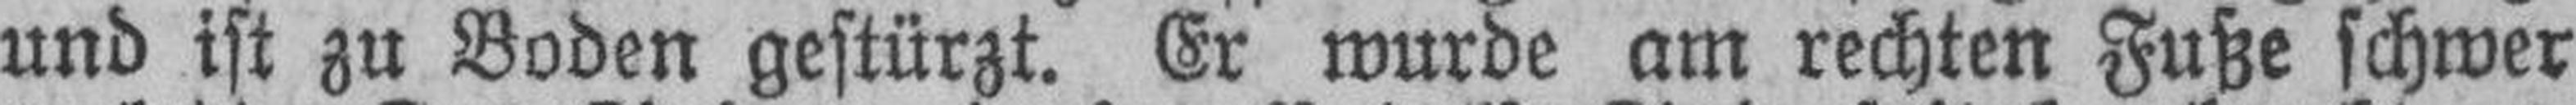
und ist zu Boden gestürzt. Er wurde am rechten Fuße schwer